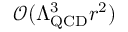
{ \mathcal { O } } ( \Lambda _ { \mathrm { Q C D } } ^ { 3 } r ^ { 2 } )